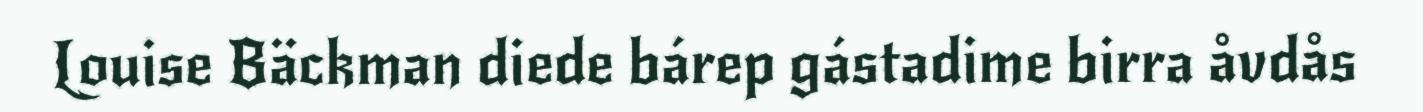
Louise Bäckman diede bárep gástadime birra åvdås